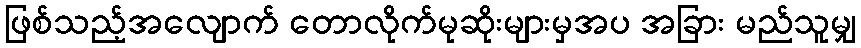
ဖြစ်သည့်အလျောက် တောလိုက်မုဆိုးများမှအပ အခြား မည်သူမျှ